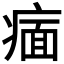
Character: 𬏶